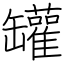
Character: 罐